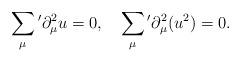
LaTeX: \begin{align*}\sum_{\mu}{}'\partial_{\mu}^2 u=0, \quad \sum_{\mu}{}'\partial_{\mu}^2 (u^2)=0. \end{align*}